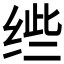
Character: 𱺤